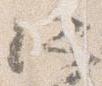
所